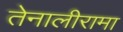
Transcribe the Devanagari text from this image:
तेनालीरामा